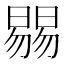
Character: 𣊷